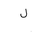
Letter: _lam